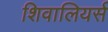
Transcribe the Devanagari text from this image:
शिवालियर्स